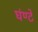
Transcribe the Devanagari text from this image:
घंण्टे